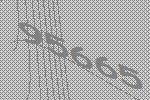
95665